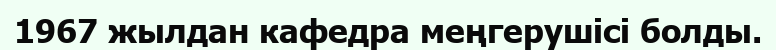
1967 жылдан кафедра меңгерушісі болды.